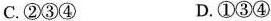
C.②③④ D.①③④